38_143685_box7_Incident_Summaries_1-100
Agency: Department of War
Page 76
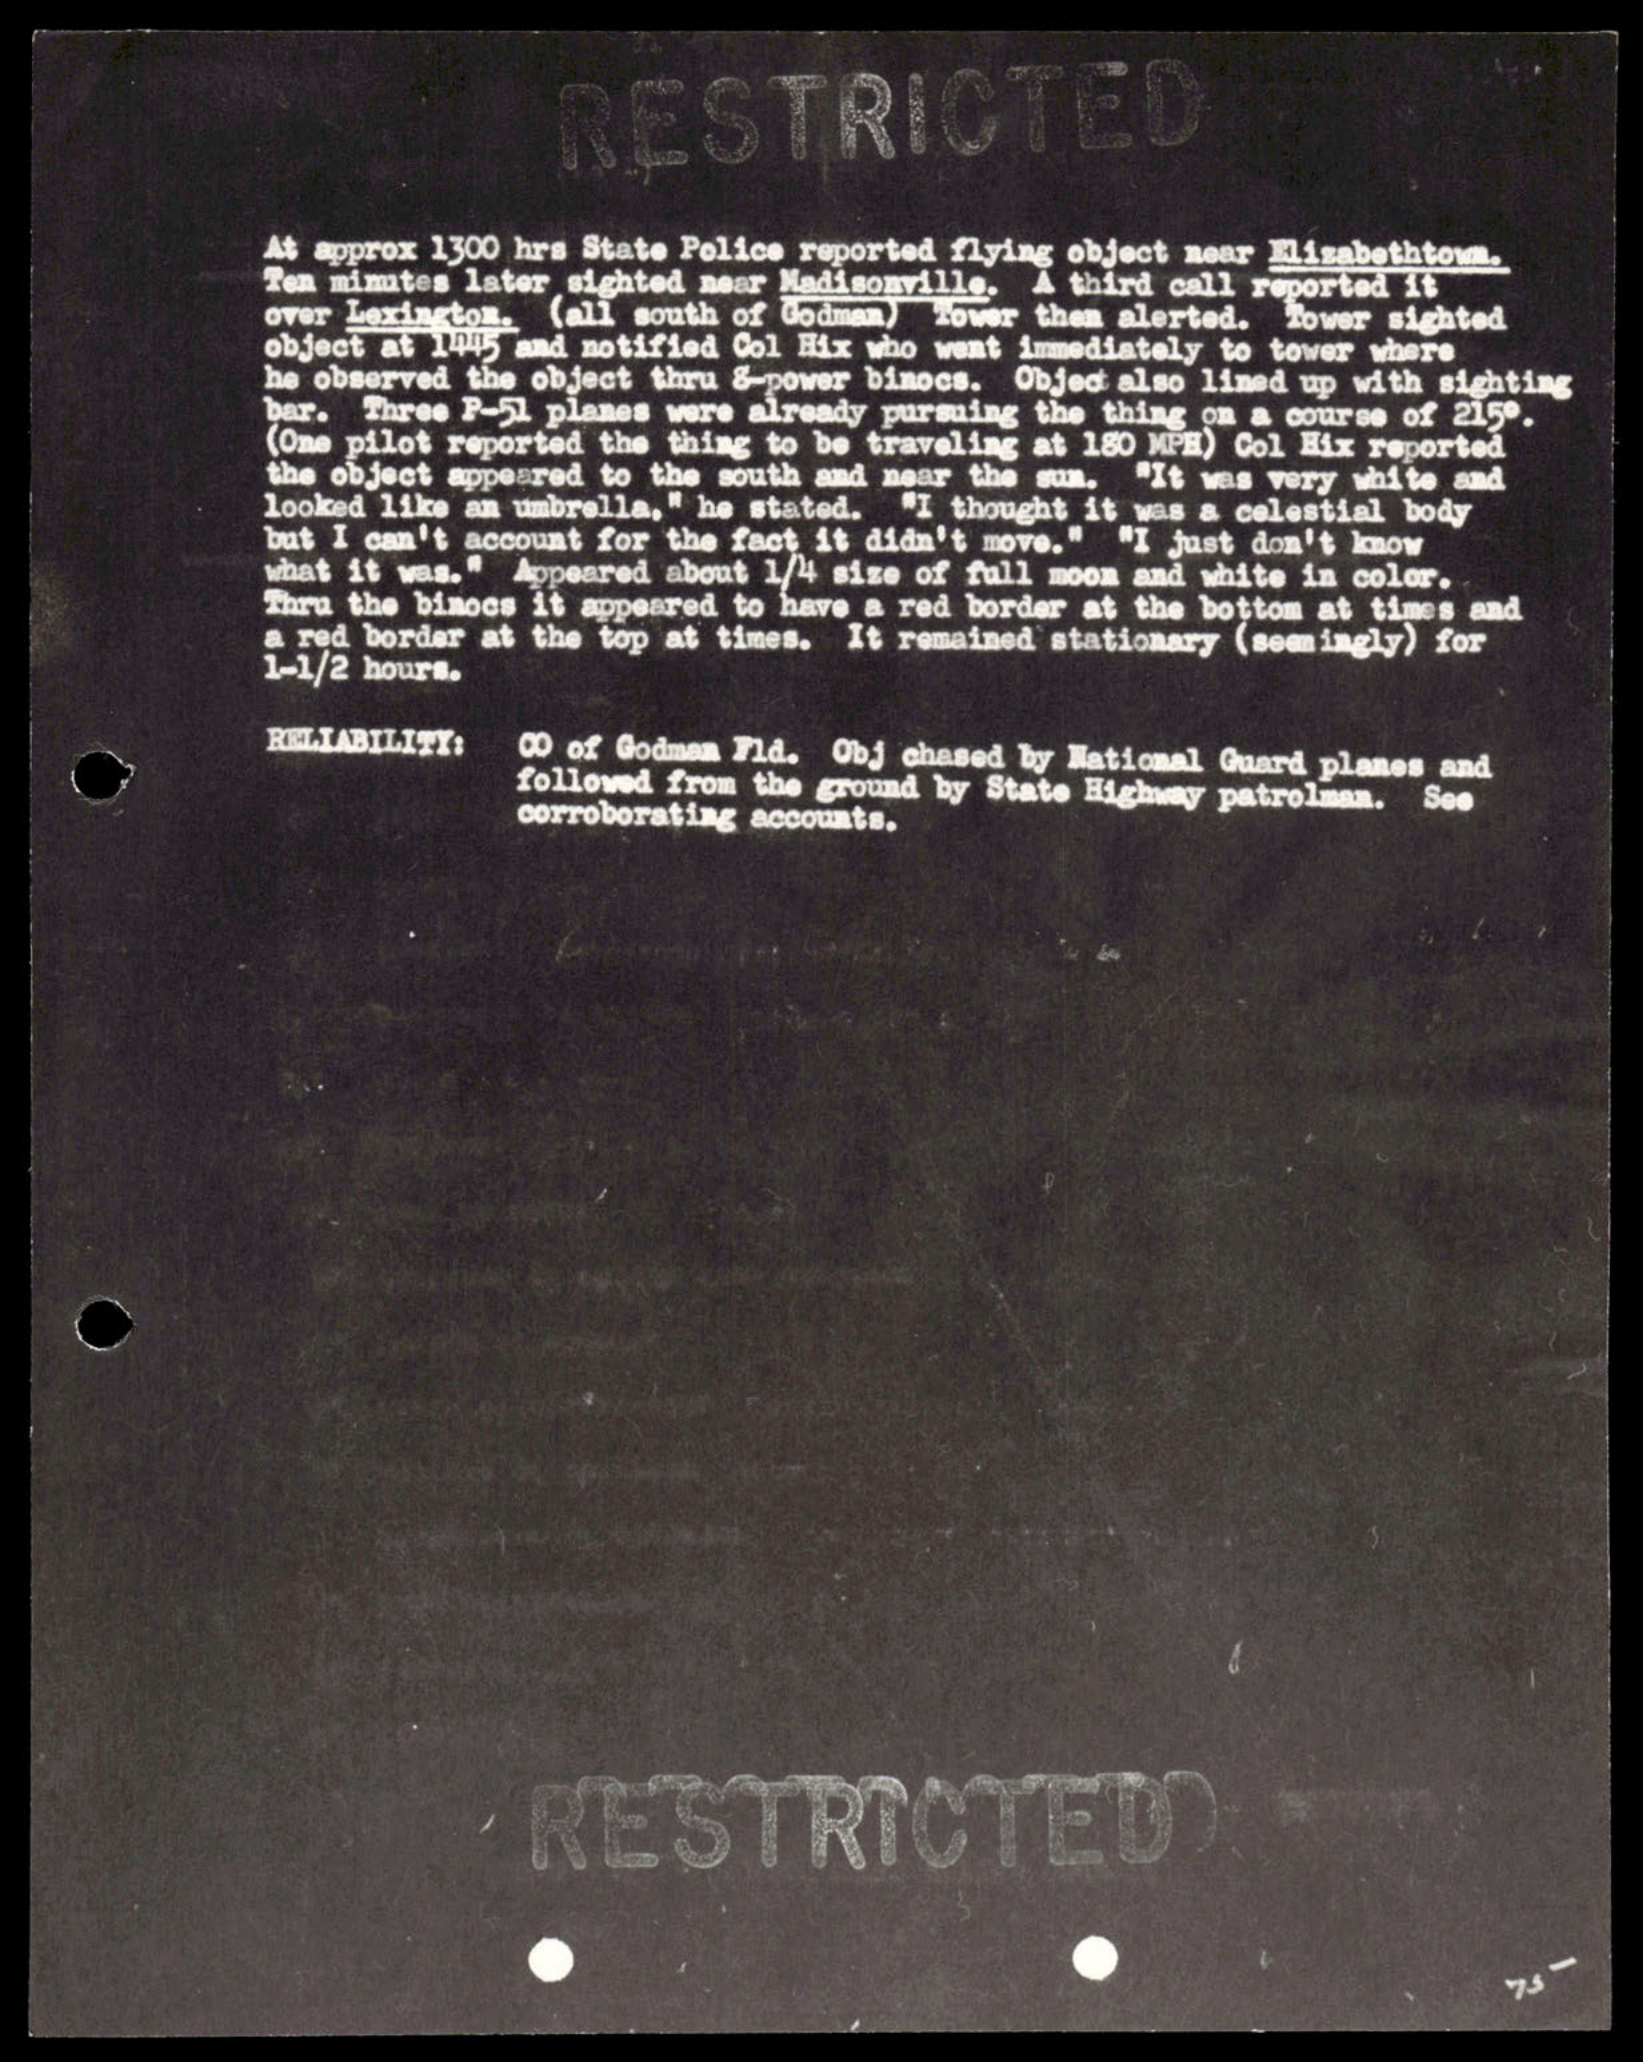